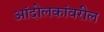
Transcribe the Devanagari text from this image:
आंदोलकांवरील